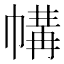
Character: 㡚